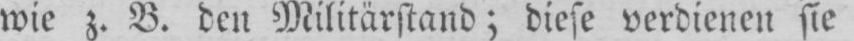
wie z. B. den Militärstand; diese verdienen sie